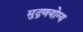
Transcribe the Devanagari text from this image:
मुद्रणयोग्य